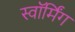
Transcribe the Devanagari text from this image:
स्वॉर्मिंग